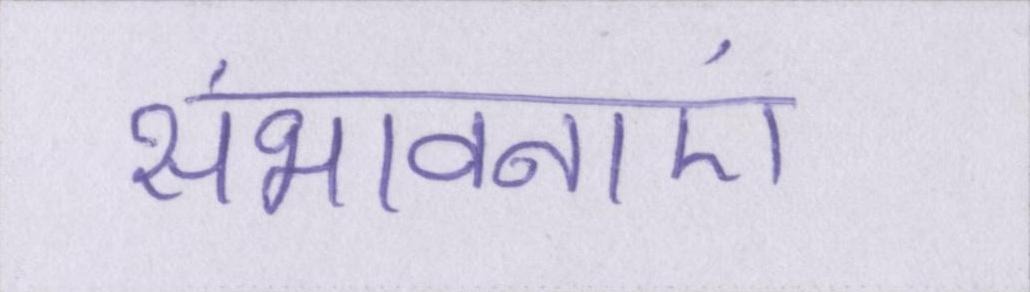
संभावनाएं